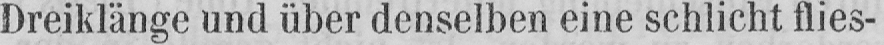
Dreiklänge und über denselben eine schlicht flies-